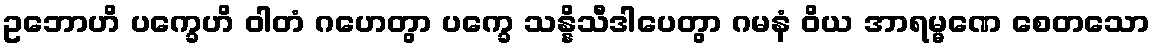
ဥဘောဟိ ပက္ခေဟိ ဝါတံ ဂဟေတွာ ပက္ခေ သန္နိသီဒါပေတွာ ဂမနံ ဝိယ အာရမ္မဏေ စေတသော